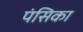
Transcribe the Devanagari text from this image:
पंसिका